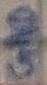
Text: GND